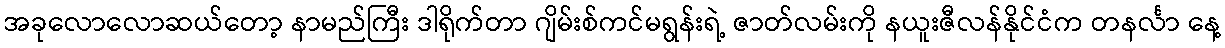
အခုလောလောဆယ်တော့ နာမည်ကြီး ဒါရိုက်တာ ဂျိမ်းစ်ကင်မရွန်းရဲ့ ဇာတ်လမ်းကို နယူးဇီလန်နိုင်ငံက တနင်္လာ နေ့